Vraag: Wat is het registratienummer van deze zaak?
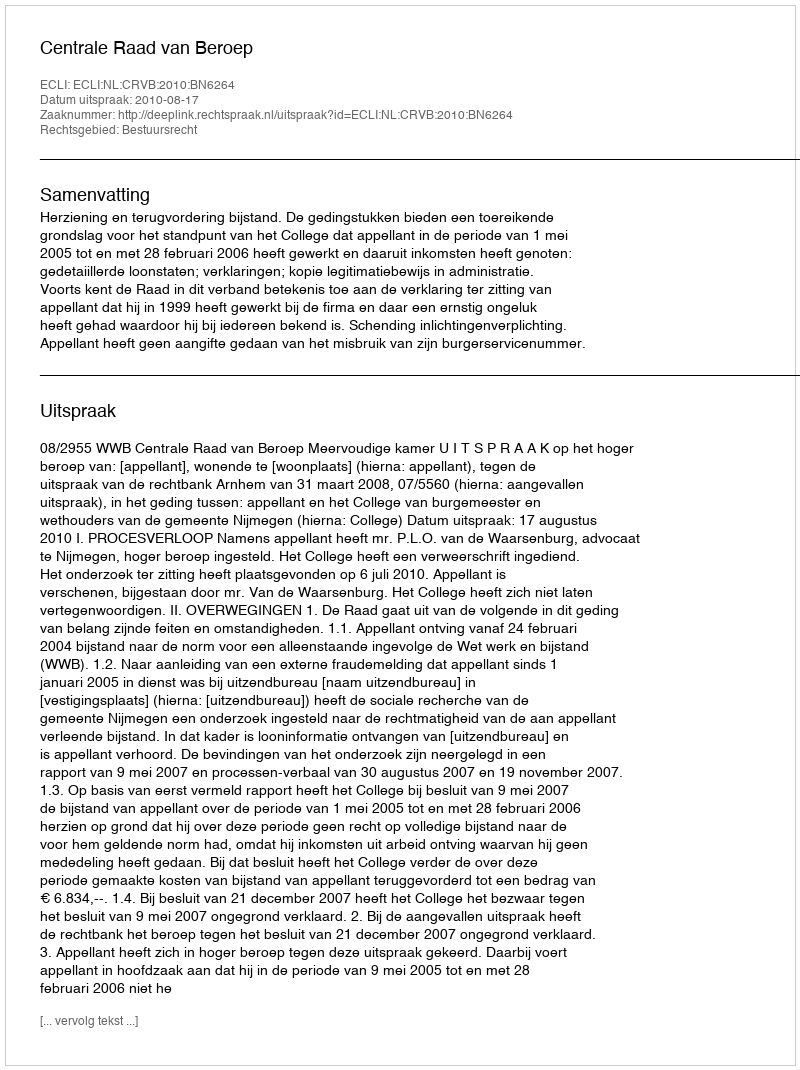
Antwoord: http://deeplink.rechtspraak.nl/uitspraak?id=ECLI:NL:CRVB:2010:BN6264